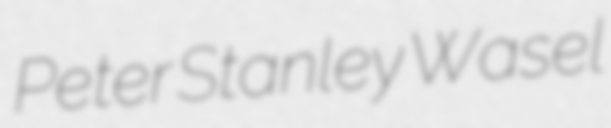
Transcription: Peter Stanley Wasel